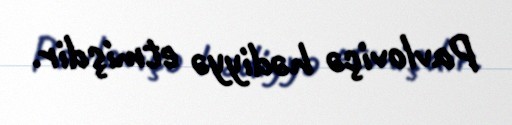
Pavloviçə hədiyyə etmişdir.